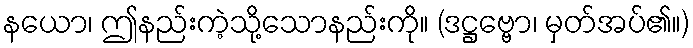
နယော၊ ဤနည်းကဲ့သို့သောနည်းကို။ (ဒဋ္ဌဗ္ဗော၊ မှတ်အပ်၏။)